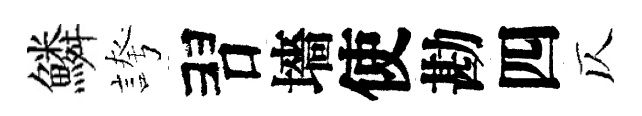
鱗誇習墻使勘四仄